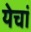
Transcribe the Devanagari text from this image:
येचां